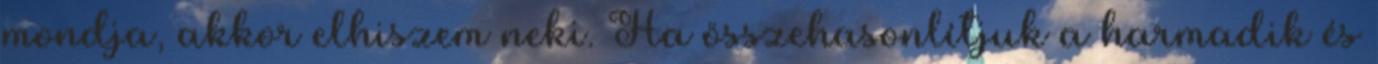
mondja, akkor elhiszem neki. Ha összehasonlítjuk a harmadik és